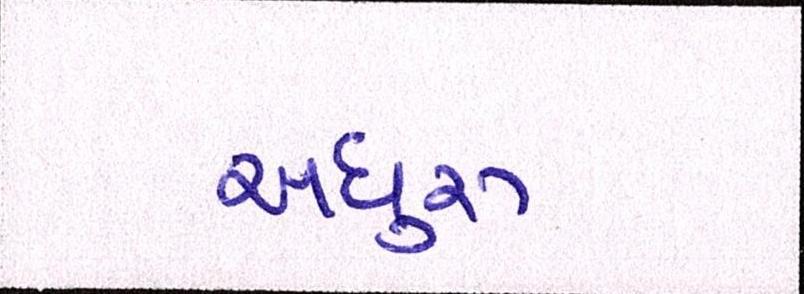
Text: અધુરુ